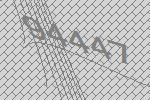
94447